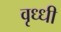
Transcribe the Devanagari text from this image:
वृध्धी